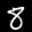
Label: 8